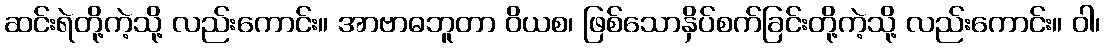
ဆင်းရဲတို့ကဲ့သို့ လည်းကောင်း။ အာဗာဓဘူတာ ဝိယစ၊ ဖြစ်သောနှိပ်စက်ခြင်းတို့ကဲ့သို့ လည်းကောင်း။ ဝါ၊